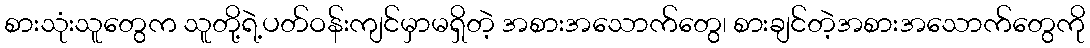
စားသုံးသူတွေက သူတို့ရဲ့ပတ်ဝန်းကျင်မှာမရှိတဲ့ အစားအသောက်တွေ၊ စားချင်တဲ့အစားအသောက်တွေကို